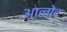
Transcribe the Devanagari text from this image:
आलोद